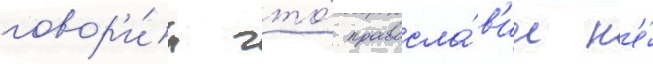
говор'и́л что́ правосла́в'ие н'е́